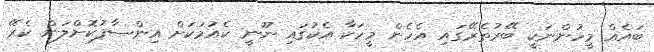
ބައެއް މީހުންނަކީ ބޭރުތެރޭގައި އެހެން މީހަކާ އެކުގައި ނޫނީ ކެއުމަކަށް އިންސާފުކޮށްލަން ކެރޭ